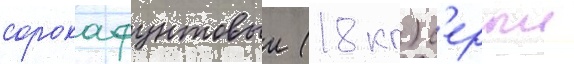
сорокафунтовыи (18 кг) с'ерыи